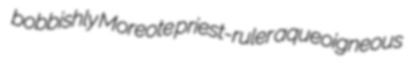
bobbishly Moreote priest-ruler aqueoigneous